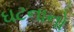
ઘટનાનો